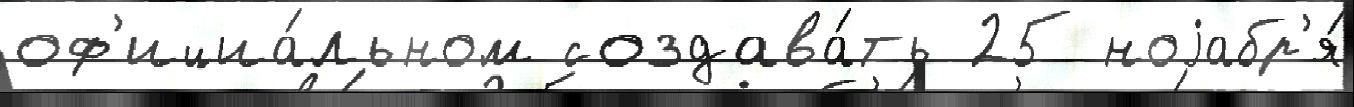
оф'ициа́льном создава́ть 25 ноjабр'я́